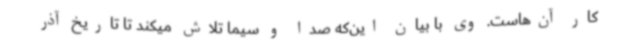
کار آن‌هاست. وی با بیان این‌که صدا و سیما تلاش میکند تا تاریخ آذر